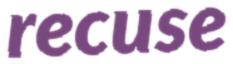
recuse